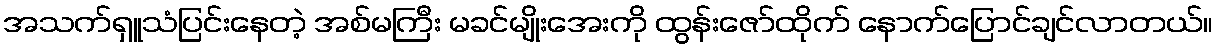
အသက်ရှူသံပြင်းနေတဲ့ အစ်မကြီး မခင်မျိုးအေးကို ထွန်းဇော်ထိုက် နောက်ပြောင်ချင်လာတယ်။